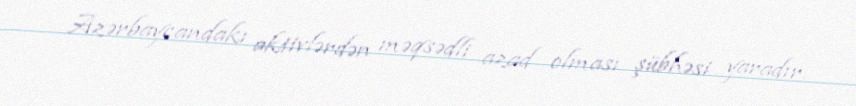
Azərbaycandakı aktivlərdən məqsədli azad olması şübhəsi yaradır.